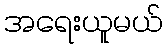
အရေးယူမယ်